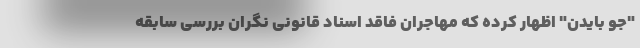
"جو بایدن" اظهار کرده که مهاجران فاقد اسناد قانونی نگران بررسی سابقه